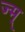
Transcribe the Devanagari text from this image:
ज्म्